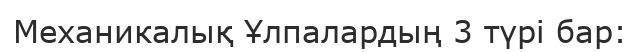
Механикалық Ұлпалардың 3 түрі бар: